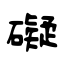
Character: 礙